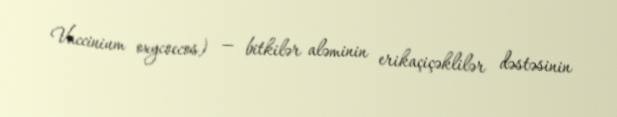
Vaccinium oxycoccos) — bitkilər aləminin erikaçiçəklilər dəstəsinin